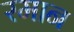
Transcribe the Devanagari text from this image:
रमान